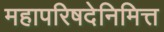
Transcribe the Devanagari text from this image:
महापरिषदेनिमित्त